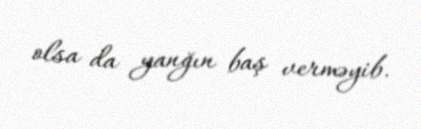
olsa da yanğın baş verməyib.